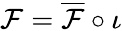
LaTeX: \mathcal{F}={\overline{{{\mathcal{F}}}}}\circ\iota